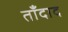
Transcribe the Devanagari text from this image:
ताँदाद